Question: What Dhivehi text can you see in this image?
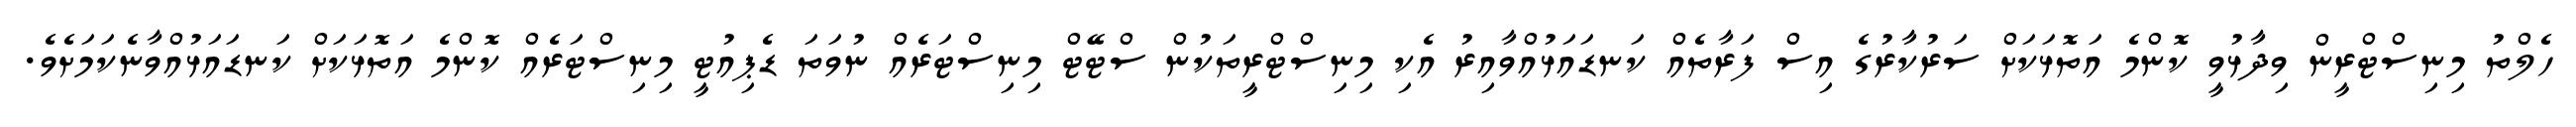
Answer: ހެލްތު މިނިސްޓްރީން ވިދާޅުވީ ކޮންމެ އަތޮޅަކަށް ސަރުކާރުގެ އިސް ފަރާތެއް ކަނޑައަޅުއްވާއިރު އެކި މިނިސްޓްރީތަކުން ސްޓޭޓް މިނިސްޓަރެއް ނުވަތަ ޑެޕިއުޓީ މިނިސްޓަރެއް ކޮންމެ އަތޮޅަކަށް ކަނޑައަޅުއްވާނެކަމަށެވެ.